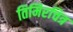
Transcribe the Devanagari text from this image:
तिमिरचित्र